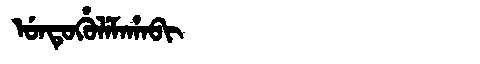
Manchu: ᡠᠨᡨᡠᡥᡠᠯᡝᠮᠠᡥᠠᠪᡳ
Romanization: UNTUHULEMAHABI